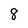
Character: 8